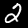
Label: 2